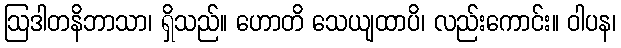
ဩဒါတနိဘာသာ၊ ရှိသည်။ ဟောတိ သေယျထာပိ၊ လည်းကောင်း။ ဝါပန၊